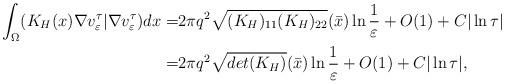
LaTeX: \begin{align*}\int_{\Omega}(K_H(x)\nabla v^\tau_\varepsilon| \nabla v^\tau_\varepsilon) dx=&2\pi q^2\sqrt{(K_{H})_{11}(K_{H})_{22}}(\bar{x})\ln\frac{1}{\varepsilon}+O(1)+C|\ln\tau|\\=&2\pi q^2\sqrt{det(K_{H})}(\bar{x})\ln\frac{1}{\varepsilon}+O(1)+C|\ln\tau|,\end{align*}